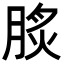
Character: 𦜡